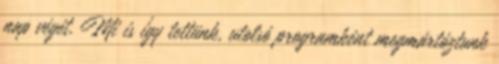
nap végét. Mi is így tettünk, utolsó programként megmártóztunk